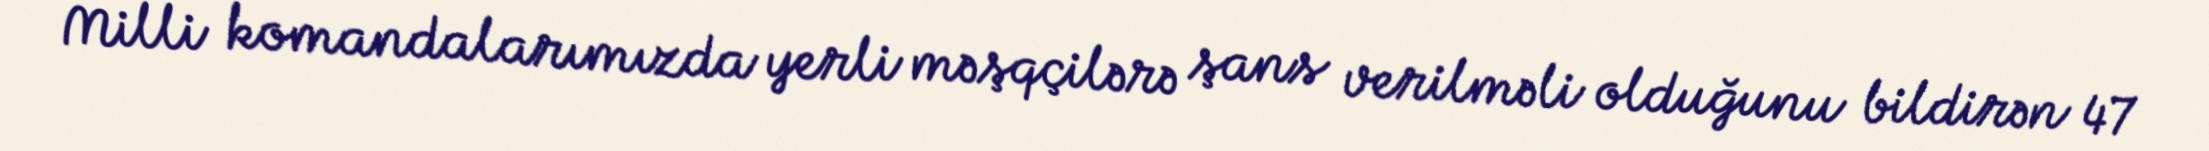
Milli komandalarımızda yerli məşqçilərə şans verilməli olduğunu bildirən 47